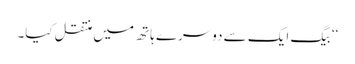
‘‘ بیگ ایک سے دوسرے ہاتھ میں منتقل کیا۔